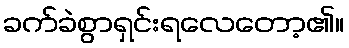
ခက်ခဲစွာရှင်းရလေတော့၏။